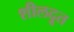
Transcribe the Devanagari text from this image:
शीलदूत